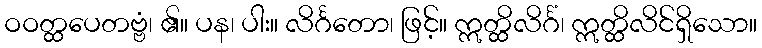
ဝဝတ္ထပေတဗ္ဗံ၊ ၏။ ပန၊ ပါး။ လိင်္ဂတော၊ ဖြင့်။ ဣတ္ထိလိင်္ဂံ၊ ဣတ္ထိလိင်ရှိသော။